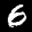
Label: 6